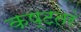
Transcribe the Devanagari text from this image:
कष्टतरं